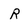
Character: R